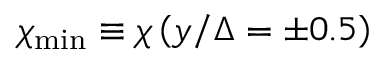
\chi _ { \operatorname* { m i n } } \equiv \chi \left( y / \Delta = \pm 0 . 5 \right)